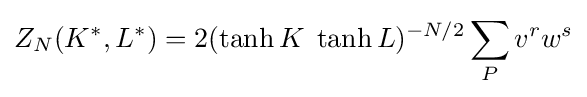
Z_{N}(K^{*},L^{*})=2(\tanh K\;\tanh L)^{-N/2}\sum _{P}v^{r}w^{s}